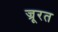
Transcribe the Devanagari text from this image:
ज्रूरत